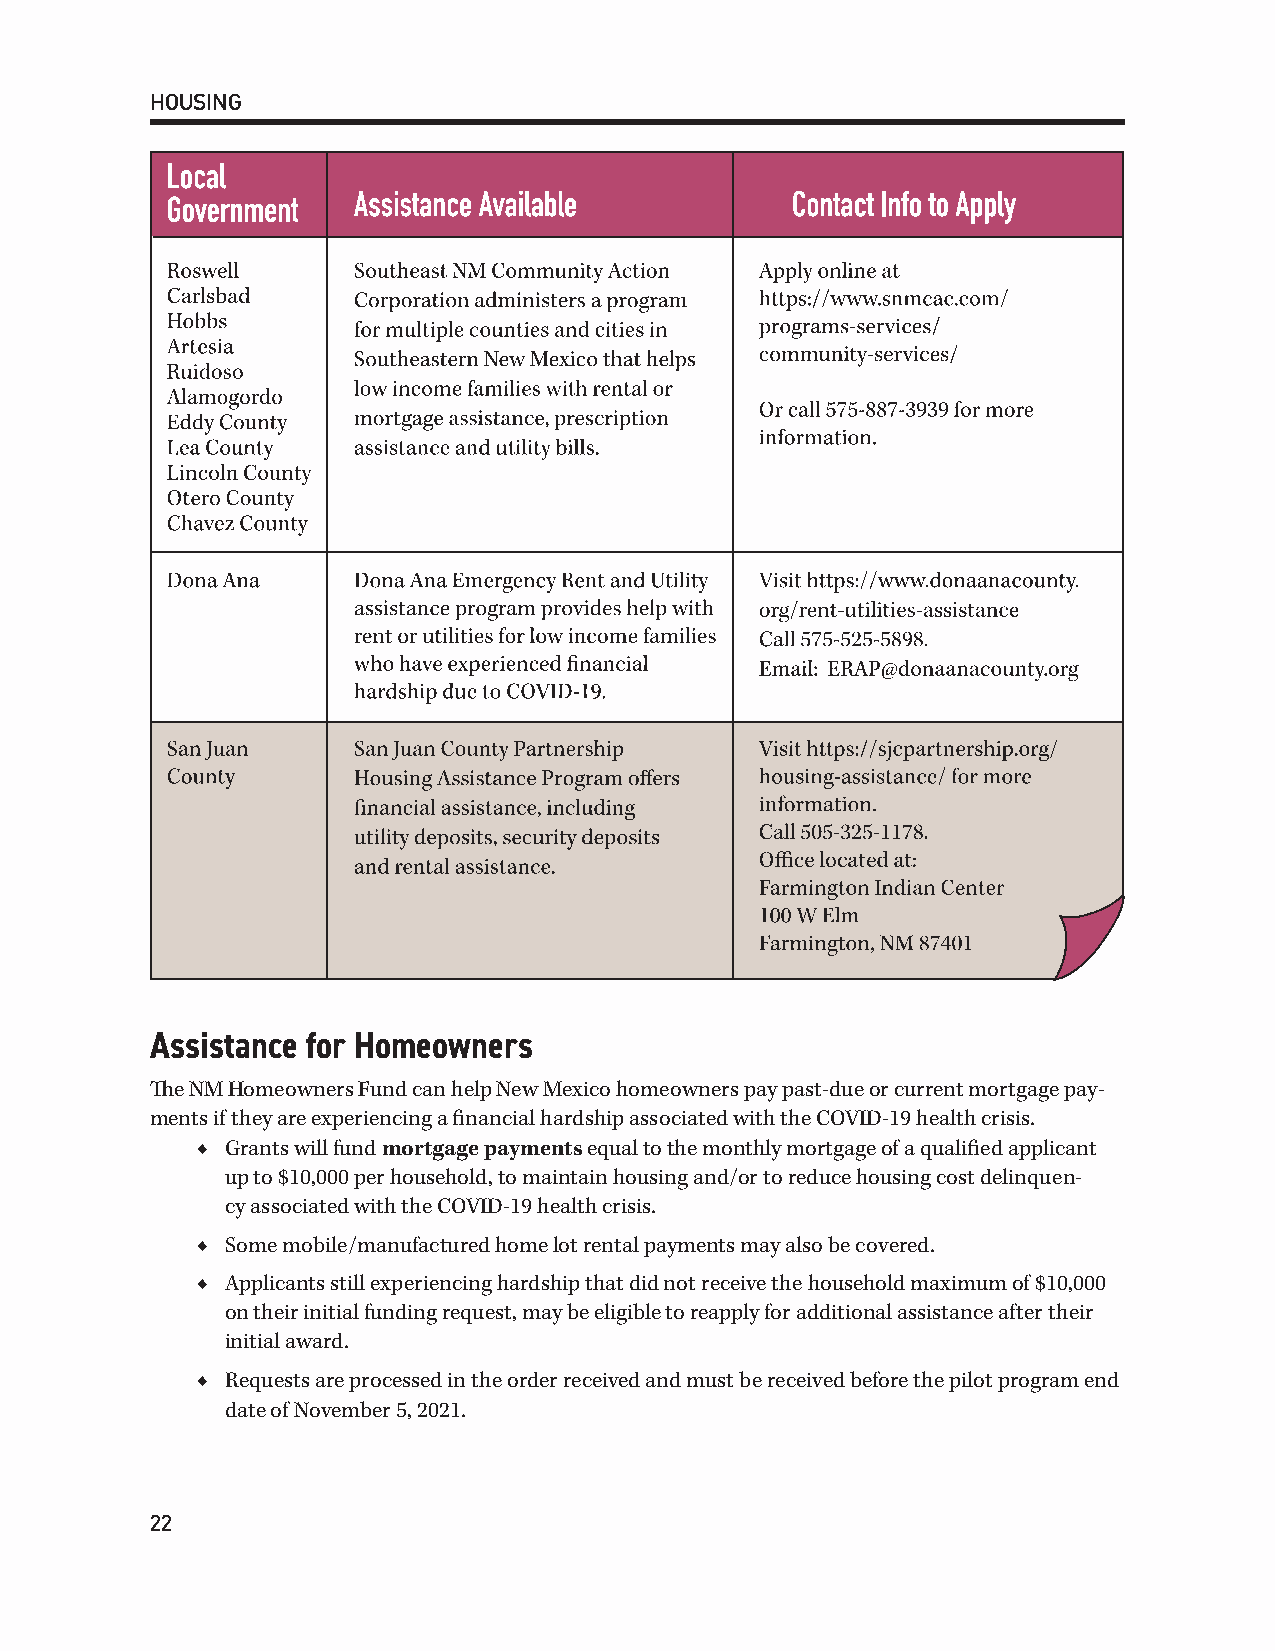
HOUSING
 Assistance for Homeowners
 The NM Homeowners Fund can help New Mexico homeowners pay past-due or current mortgage pay-
 ments if they are experiencing a financial hardship associated with the COVID-19 health crisis.
 ◆ Grants will fund mortgage payments equal to the monthly mortgage of a qualified applicant
 up to $10,000 per household, to maintain housing and/or to reduce housing cost delinquen-
 cy associated with the COVID-19 health crisis.
 ◆ Some mobile/manufactured home lot rental payments may also be covered.
 ◆ Applicants still experiencing hardship that did not receive the household maximum of $10,000
 on their initial funding request, may be eligible to reapply for additional assistance after their
 initial award.
 ◆ Requests are processed in the order received and must be received before the pilot program end
 date of November 5, 2021.
 22